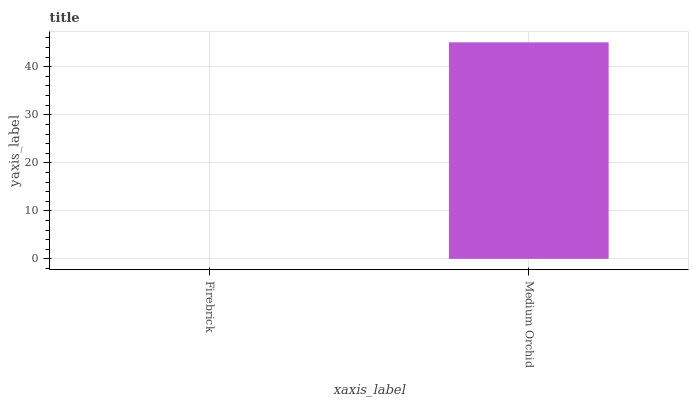
| xaxis_label | bars |
 | --- | --- |
 | Firebrick | 0 |
 | Medium Orchid | 45.1 |